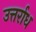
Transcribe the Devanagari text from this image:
उत्तर्राध